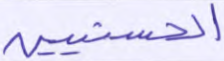
الحسنيين